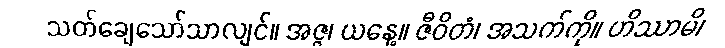
သတ်ချေသော်သာလျင်။ အဇ္ဇ၊ ယနေ့။ ဇီဝိတံ၊ အသက်ကို။ ဟိဿာမိ၊